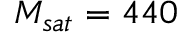
M _ { s a t } = 4 4 0